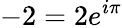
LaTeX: -2=2e^{i\pi}